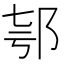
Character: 𨚤